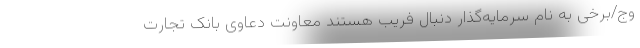
وج/برخی به نام سرمایه‌گذار دنبال فریب هستند معاونت دعاوی بانک تجارت